system: You are a helpful assistant.
user:
Analyze the provided spectrum to determine if it is a **"Cataclysmic Variables (CV)"**.

- **Key Indicators for CV (Check for either state):**
    - **State 1: Quiescent / Low-State (Emission-Dominated)**
        - **(Primary):** Strong and *very broad* Hydrogen Balmer emission lines (e.g., $H\alpha$ at 6563 Å, $H\beta$ at 4861 Å). The 'broadness' (high velocity dispersion, often FWHM > 1000 km/s) is the key diagnostic, indicating a high-velocity accretion disk.
        - **(Secondary):** Broad neutral Helium (He I) emission lines (e.g., 5876 Å, 6678 Å).
        - **(Key Confirmation):** Presence of high-excitation *ionized* Helium (He II) emission at 4686 Å. This is a strong indicator of accretion onto a white dwarf.
        - **(Line Profile):** Emission lines may exhibit a 'double-peaked' profile, which is a classic signature of a rotating accretion disk viewed at high inclination.

    - **State 2: Outburst / High-State (Absorption-Dominated)**
        - **(Primary):** Spectrum is dominated by a bright, blue continuum (looks like a hot star).
        - **(Secondary):** The emission lines from State 1 are weak, absent, or 'filled in', and are replaced by broad, shallow *absorption* lines (primarily Balmer and He I).
        - **(Morphology):** The overall spectrum mimics a hot B/A-type star. The crucial difference is that the absorption lines are significantly broader, shallower, and more 'washed-out' (or 'smeared') than the sharp lines of a normal stellar photosphere, due to high rotational speeds and pressure broadening in the disk.

Think first, call **spectral_visualization_tool** if needed to examine features in detail, then provide your final answer. Your response must adhere to the following strict rules:
1.  **Overall Structure:** Your response must follow the format `<think>...</think> <tool_call>...</tool_call> (if a tool is used) <answer>...</answer>`.
2.  **Tool Usage Constraint:** You may only make **one** tool call per turn.
3.  **Final Answer Format:** In the `<answer>` tag, your conclusion must be inside a `\boxed{}` command (e.g., `\boxed{YES}`), followed by your justification.

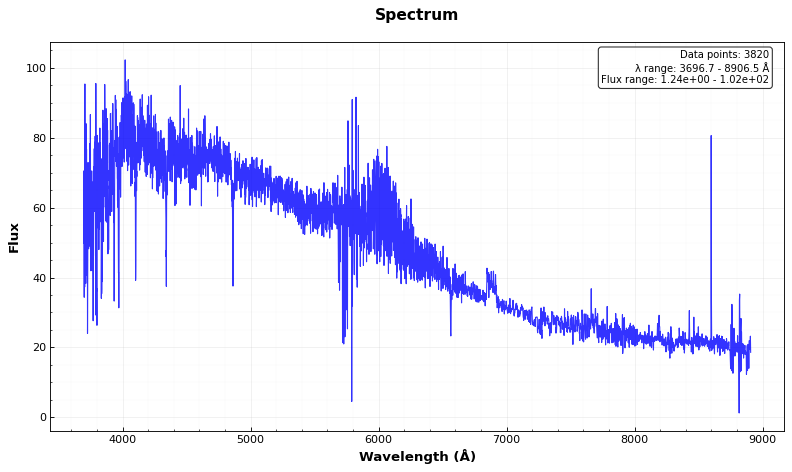
Answer: NO